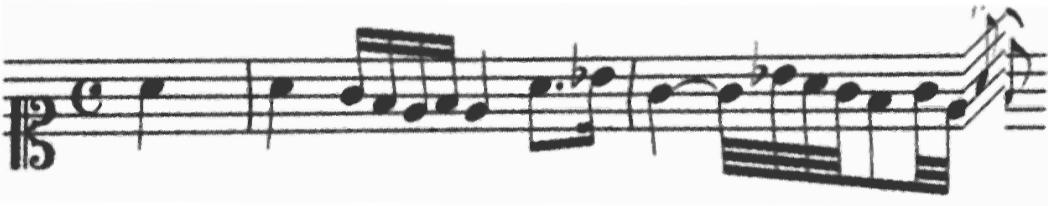
Transcription: clef-C1 timeSignature-C note-A4_quarter barline note-A4_quarter note-G4_sixteenth note-F4_sixteenth note-E4_sixteenth note-F4_sixteenth note-E4_quarter note-A4_eighth. note-Bb4_sixteenth barline note-G4_quarter tie note-G4_thirty_second note-Bb4_thirty_second note-A4_thirty_second note-G4_thirty_second note-F4_eighth note-G4_thirty_second note-E4_thirty_second note-F4_eighth_fermata